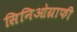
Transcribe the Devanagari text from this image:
सिनिओग्राफी